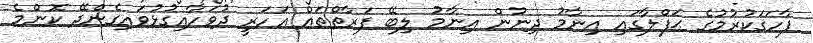
ފާހަގަކުރުމުގެ ޙަފްލާގައި އިނާމު ދިނުން އިނާމު ލިބޭ ފަރާތްތައް އަހަރީ ދުވަހާއިގުޅުވައިގެންދޭ ކޮންމެ